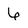
Character: 6